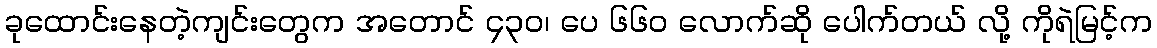
ခုထောင်းနေတဲ့ကျင်းတွေက အတောင် ၄၃၀၊ ပေ ၆၆၀ လောက်ဆို ပေါက်တယ် လို့ ကိုရဲမြင့်က